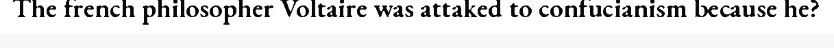
The french philosopher Voltaire was attaked to confucianism because he?